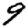
Digit: 9